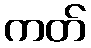
ကတ်